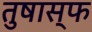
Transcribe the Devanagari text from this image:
तुषास्फ